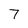
Character: 7